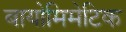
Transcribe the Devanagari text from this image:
बायोमिमेटिक